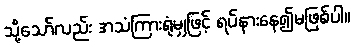
သို့သော်လည်း အသံကြားရုံမျှဖြင့် ရပ်နားနေ၍မဖြစ်ပါ။